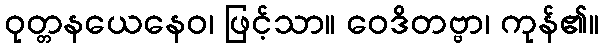
ဝုတ္တနယေနေဝ၊ ဖြင့်သာ။ ဝေဒိတဗ္ဗာ၊ ကုန်၏။